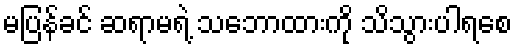
မပြန်ခင် ဆရာမရဲ့ သဘောထားကို သိသွားပါရစေ